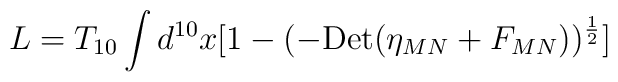
L=T_{10}\int d^{10} x [1- (-{\rm Det}(\eta_{MN}+F_{MN} ))^{{1\over 2}}]